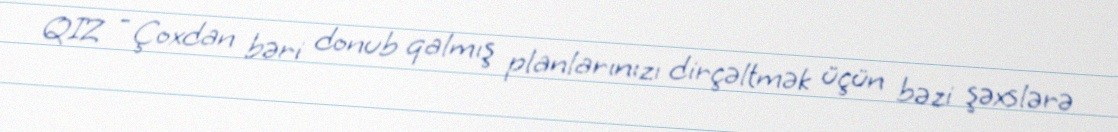
QIZ - Çoxdan bəri donub qalmış planlarınızı dirçəltmək üçün bəzi şəxslərə